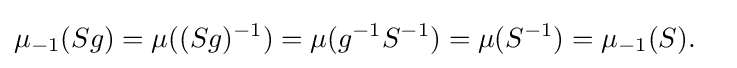
\mu _{-1}(Sg)=\mu ((Sg)^{-1})=\mu (g^{-1}S^{-1})=\mu (S^{-1})=\mu _{-1}(S).\quad